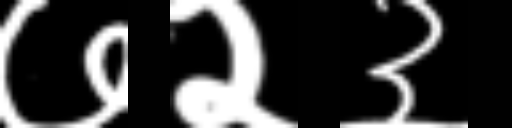
Text: ७२३